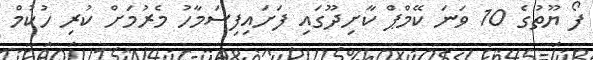
ފޯ ޔޫތުގެ 10 ވަނަ ކޭމްޕް ކާށިދޫގައި ފަށައިފިސަމާހު މެރުމަށް ކުރި ހުކުމް